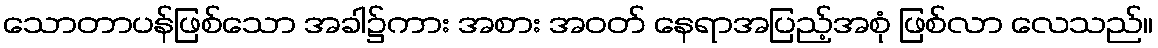
သောတာပန်ဖြစ်သော အခါ၌ကား အစား အဝတ် နေရာအပြည့်အစုံ ဖြစ်လာ လေသည်။